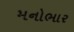
મનોભાર